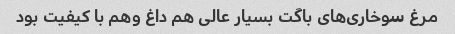
مرغ سوخاری‌های باگت بسیار عالی هم داغ وهم با کیفیت بود